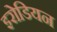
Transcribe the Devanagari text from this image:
इरोडियन